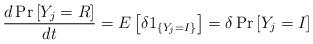
LaTeX: \begin{align*}\frac{d\Pr\left[ Y_{j}=R\right] }{dt}=E\left[ \delta1_{\left\{Y_{j}=I\right\} }\right] =\delta\Pr\left[ Y_{j}=I\right]\end{align*}